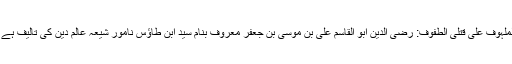
الملہوف علی قتلی الطفوف: رضی الدین ابو القاسم علی بن موسی بن جعفر معروف بنام سید ابن طاؤس نامور شیعہ عالم دین کی تالیف ہے ۔